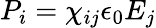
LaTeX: P_{i}=\chi_{ij}\epsilon_{0}E_{j}